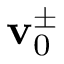
\mathbf { v } _ { 0 } ^ { \pm }